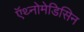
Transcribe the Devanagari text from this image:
ऍथ्नोमेडिसिन